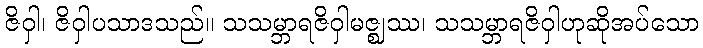
ဇိဝှါ၊ ဇိဝှါပသာဒသည်။ သသမ္ဘာရဇိဝှါမဇ္ဈဿ၊ သသမ္ဘာရဇိဝှါဟုဆိုအပ်သော